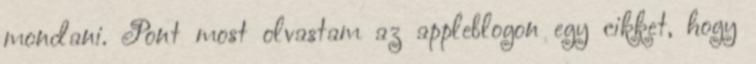
mondani. Pont most olvastam az appleblogon egy cikket, hogy